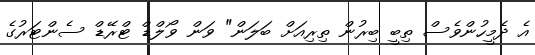
އެ ދެމީހުންވެސް ތިބީ ބިރުން ތިރިއަށް ބަލަން" ވަން ވޯލްޑް ޓްރޭޑް ސެންޓަރުގެ